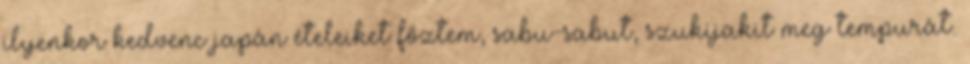
ilyenkor kedvenc japán ételeiket főztem, sabu-sabut, szukijakit meg tempurát.